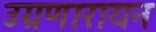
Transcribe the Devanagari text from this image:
उग्रणारायन